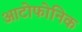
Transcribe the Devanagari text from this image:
आटोफोनिक